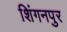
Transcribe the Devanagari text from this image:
शिंगनपुर